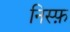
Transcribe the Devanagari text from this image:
निस्फ़